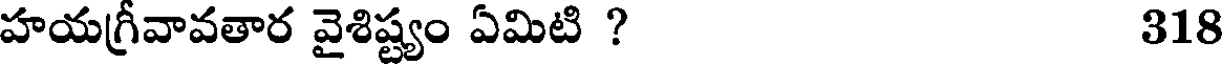
హయగ్రీవావతార వైశిష్ట్యం ఏమిటి ? 318